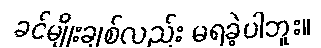
ခင်မျိုးချစ်လည်း မရခဲ့ပါဘူး။